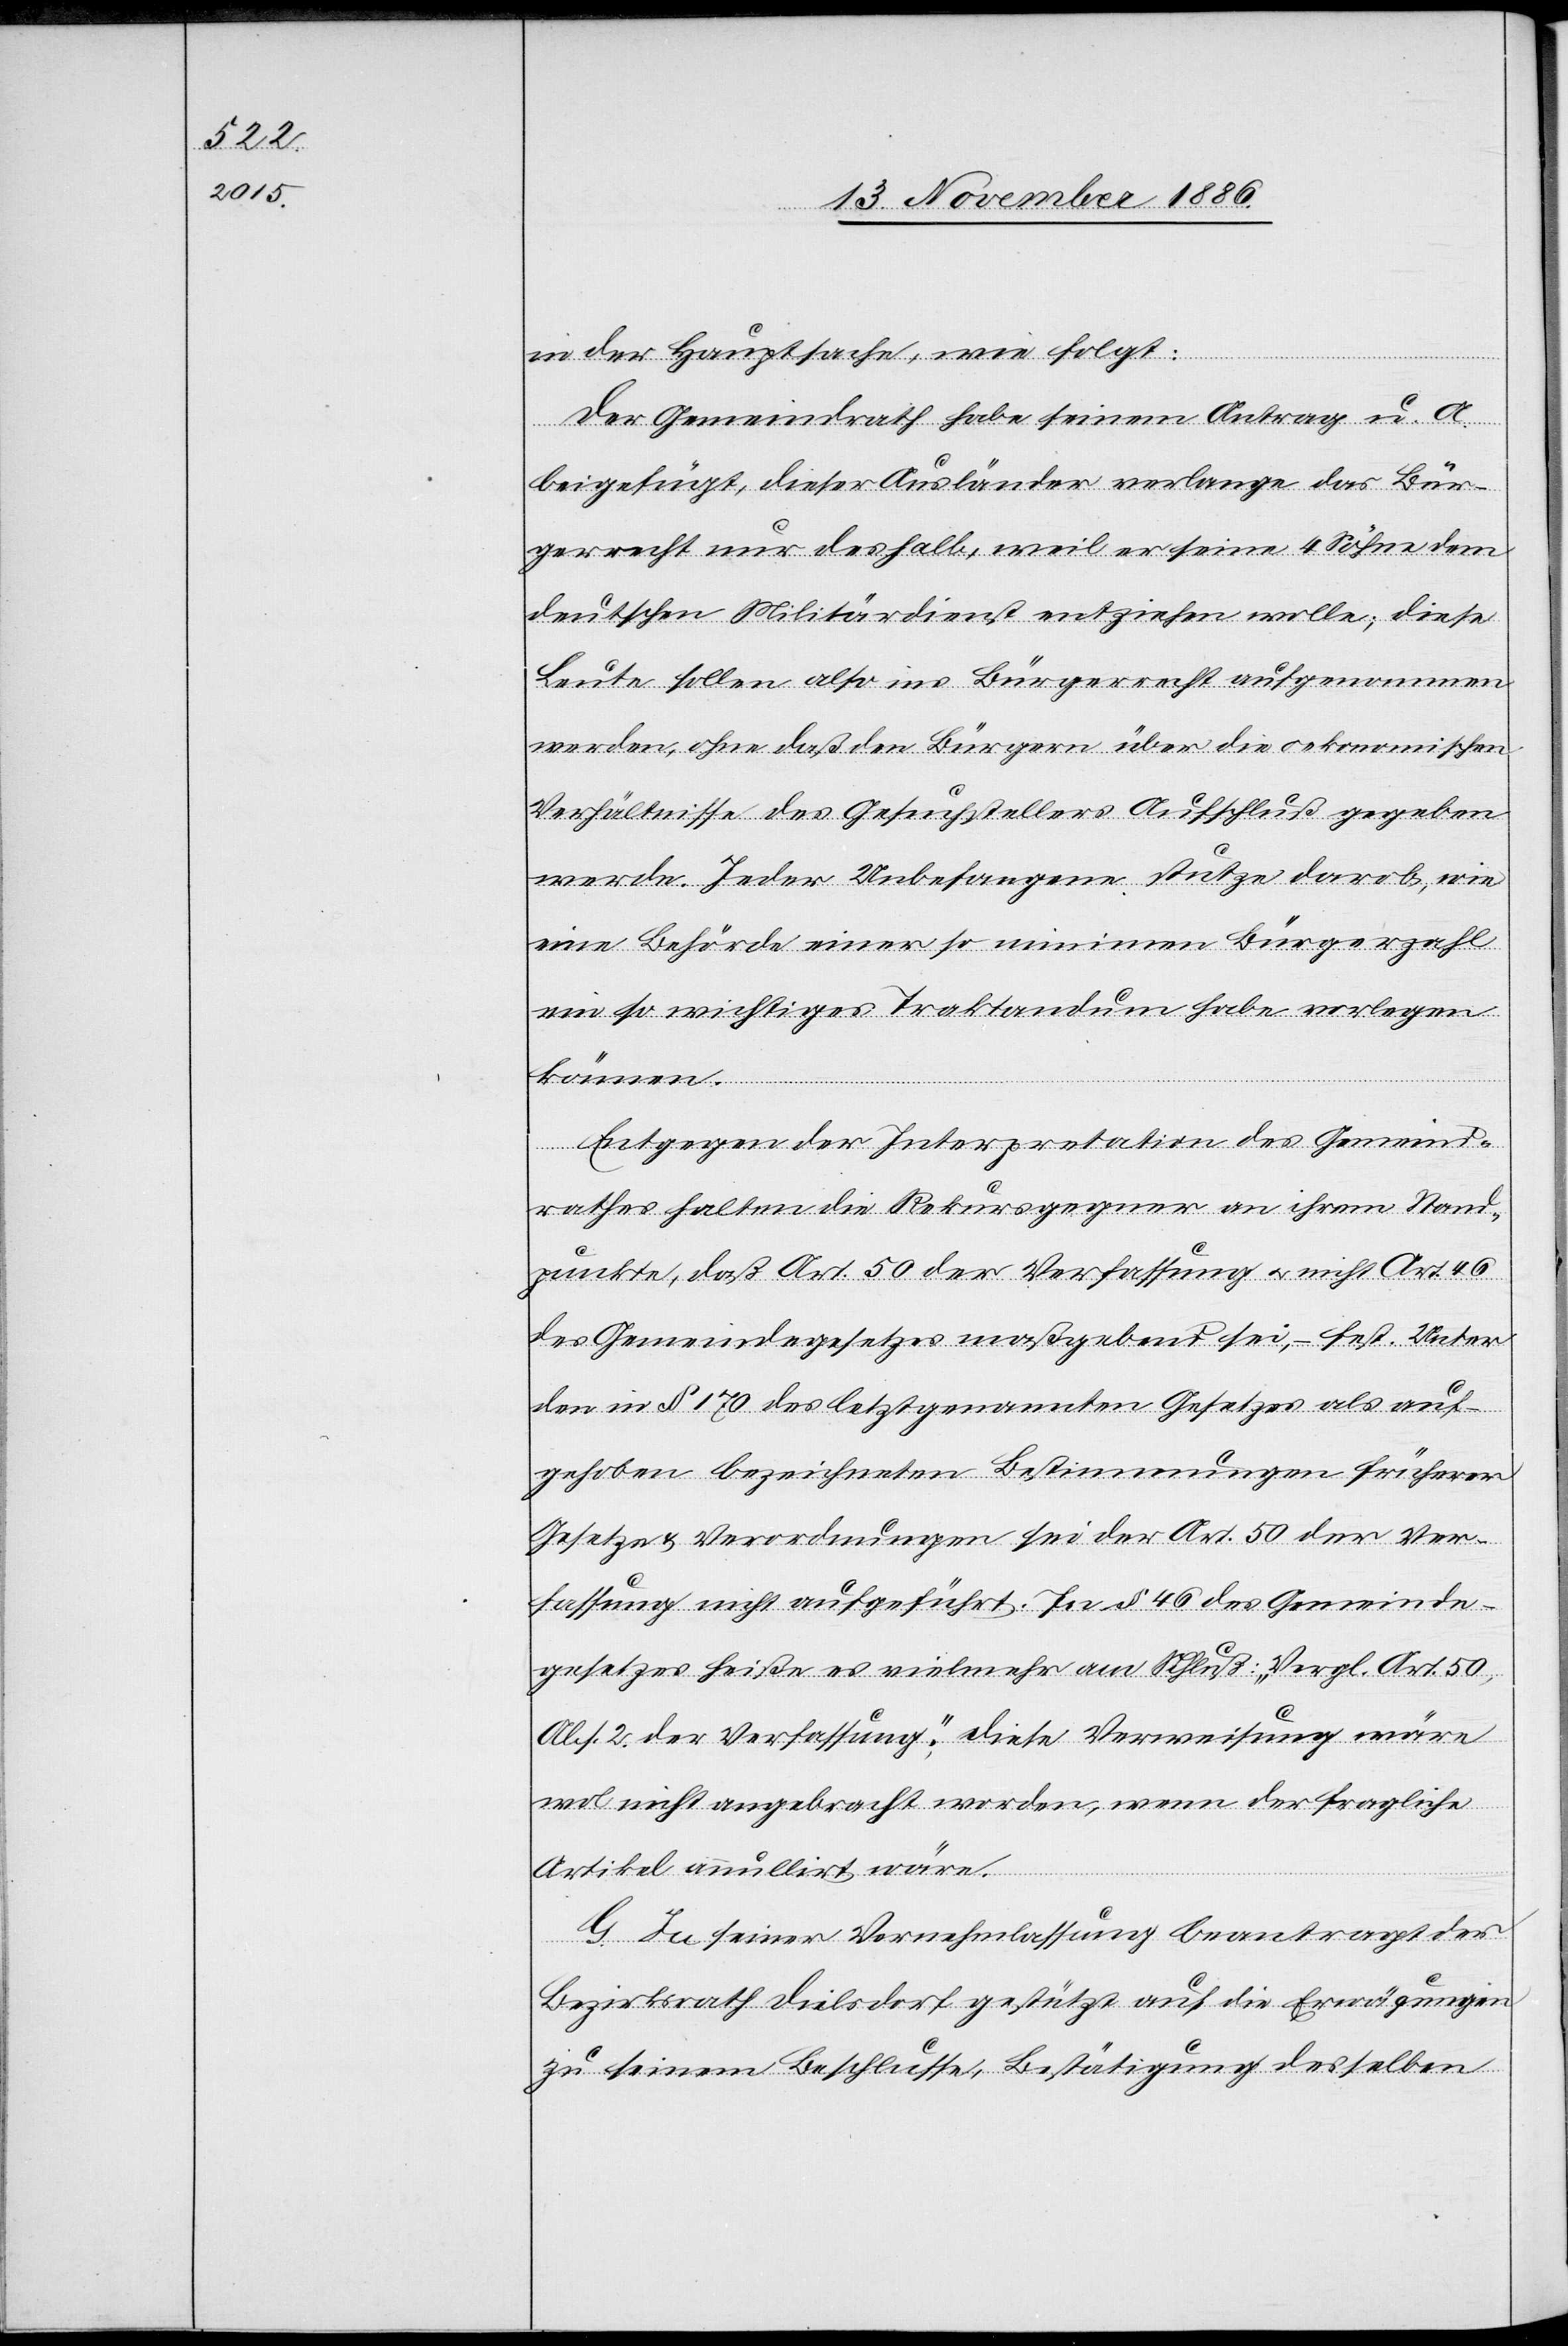
in der Hauptsache, wie folgt:
Der Gemeindrath habe seinem Antrag u. A.
beigefügt, dieser Ausländer verlange das Bür¬
gerrecht nur deshalb, weil er seine 4 Söhne dem
deutschen Militärdienst entziehen wolle; diese
Leute sollen also ins Bürgerrecht aufgenommen
werden, ohne daß den Bürgern über die oekonomischen
Verhältnisse des Gesuchstellers Aufschluß gegeben
werde. Jeder Unbefangene stutze darob, wie
eine Behörde einer so minimen Bürgerzahl
ein so wichtiges Traktandum habe vorlegen
können.
Entgegen der Interpretation des Gemeind¬
rathes halten die Rekursgegner an ihrem Stand¬
punkte, daß Art. 50 der Verfassung & nicht Art. 46
des Gemeindegesetzes maßgebend sei, – fest. Unter
den in § 170 des letztgenannten Gesetzes als auf¬
gehoben bezeichneten Bestimmungen früherer
Gesetze & Verordnungen sei der Art. 50 der Ver¬
fassung nicht aufgeführt. In § 46 des Gemeinde¬
gesetzes heiße es vielmehr am Schluß: „Vergl. Art. 50,
Abs. 2. der Verfassung.“ Diese Verweisung wäre
wol nicht angebracht worden, wenn der fragliche
Artikel annullirt wäre.
G. In seiner Vernehmlassung beantragt der
Bezirksrath Dielsdorf gestützt auf die Erwägungen
zu seinem Beschlusse, Bestätigung desselben